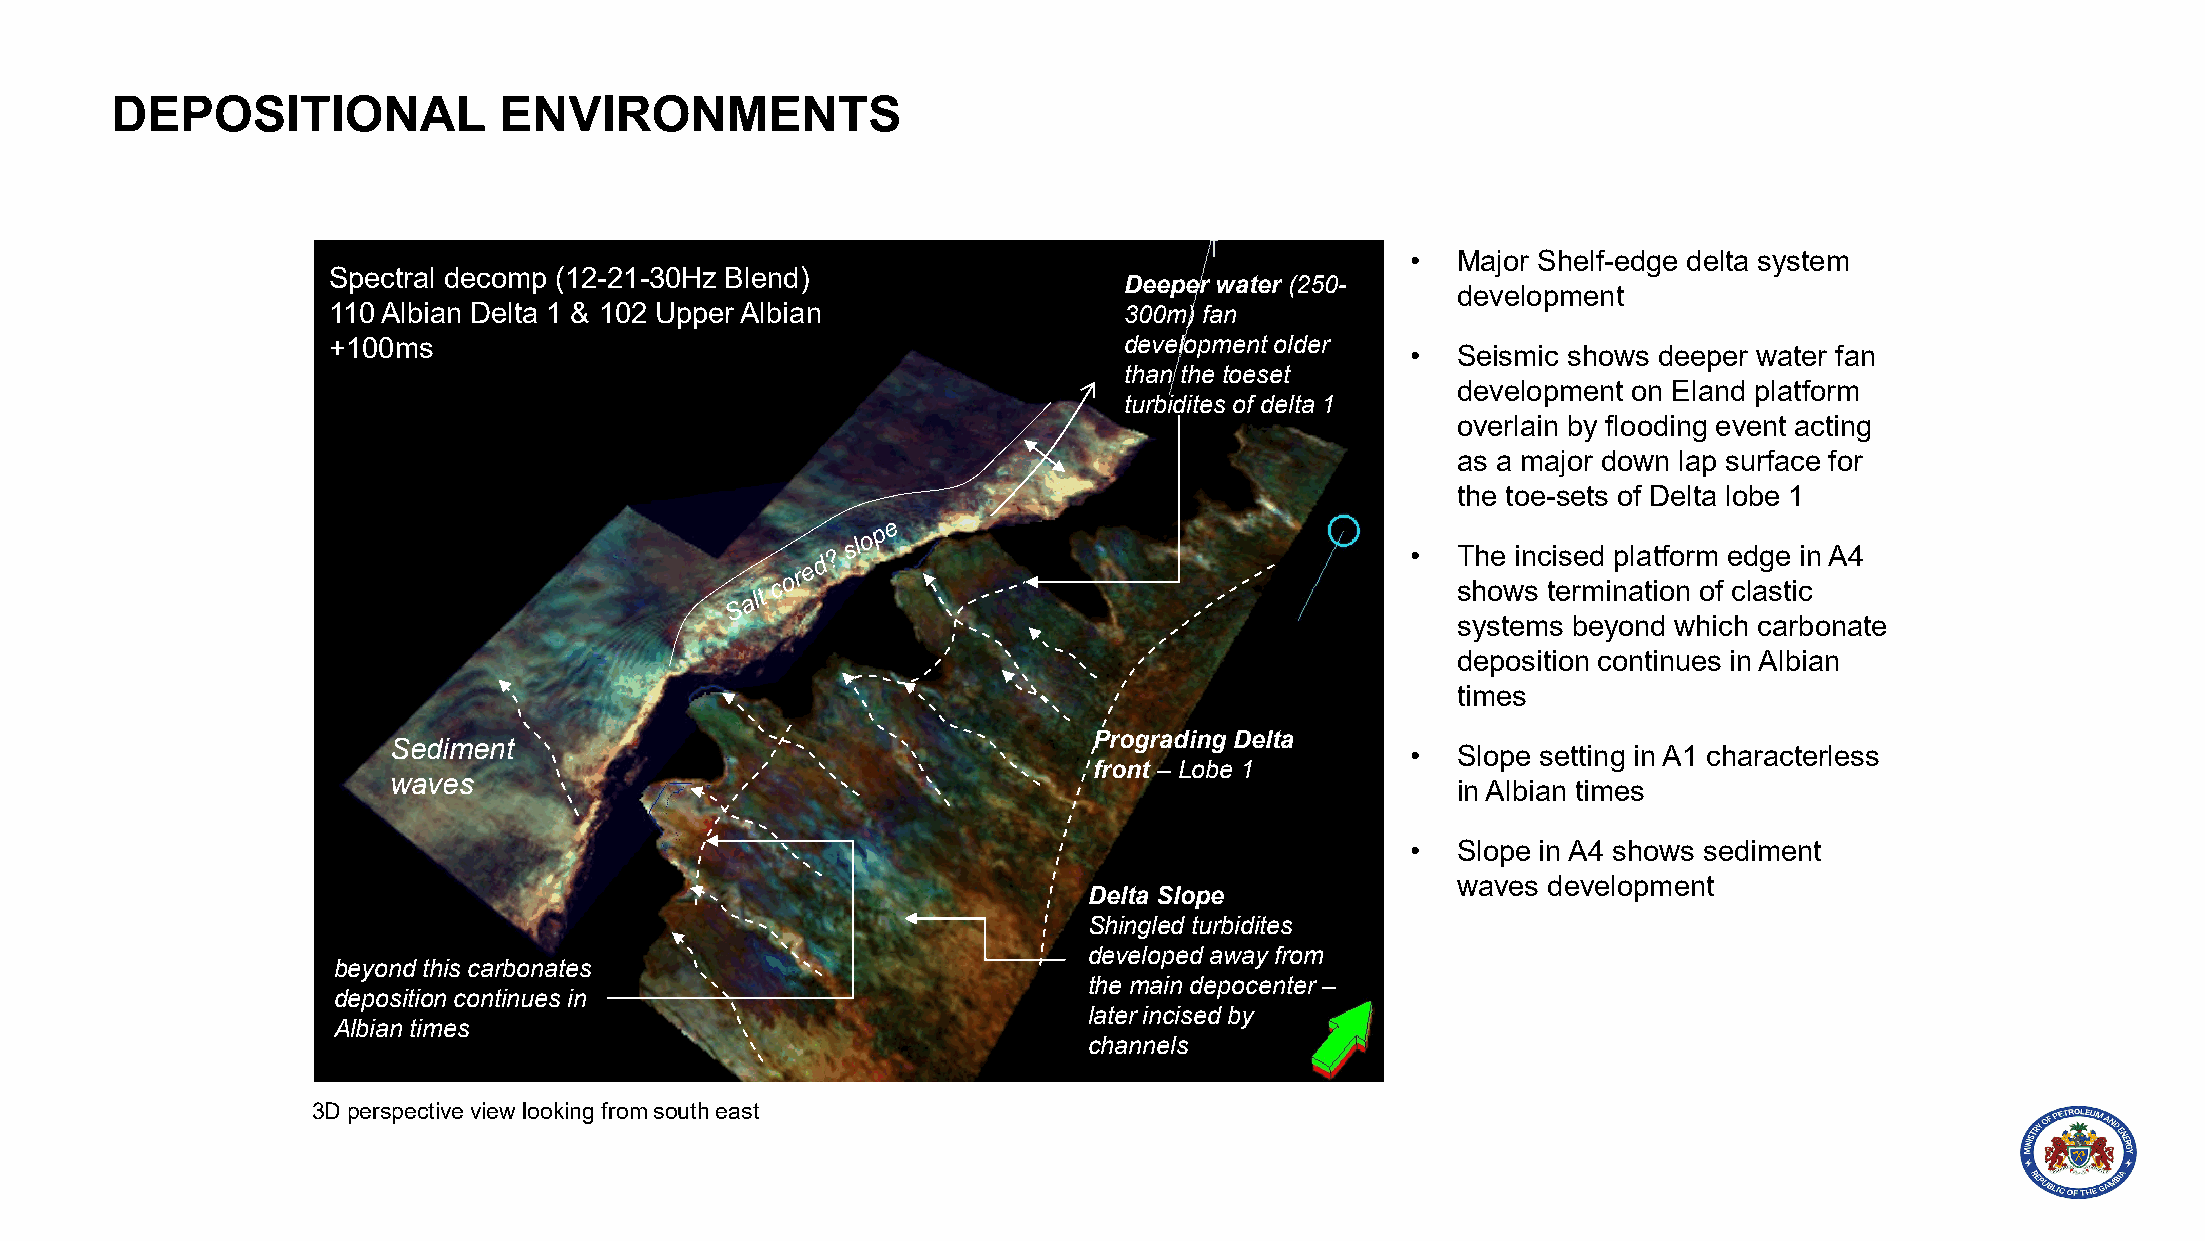
DEPOSITIONAL              ENVIRONMENTS
 •  Major Shelf-edge delta system
 Spectral decomp (12-21-30Hz Blend)
 Deeper water (250-
 development
 110 Albian Delta 1 & 102 Upper Albian               300m) fan
 +100ms                                              development older
 •  Seismic shows deeper water fan
 than the toeset
 development on Eland platform
 turbidites of delta 1
 overlain by flooding event acting
 as a major down lap surface for
 the toe-sets of Delta lobe 1
 •  The incised platform edge in A4
 shows termination of clastic
 systems beyond which carbonate
 deposition continues in Albian
 times
 Prograding Delta
 Sediment
 •  Slope setting in A1 characterless
 front – Lobe 1
 waves
 in Albian times
 •  Slope in A4 shows sediment
 waves development
 Delta Slope
 Shingled turbidites
 developed away from
 beyond this carbonates
 the main depocenter –
 deposition continues in
 later incised by
 Albian times
 channels
 3D perspective view looking from south east